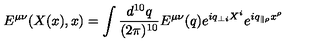
E ^ { \mu \nu } ( X ( x ) , x ) = \int \frac { d ^ { 1 0 } q } { ( 2 \pi ) ^ { 1 0 } } E ^ { \mu \nu } ( q ) e ^ { i q _ { \perp i } X ^ { i } } e ^ { i q _ { \parallel \rho } x ^ { \rho } }